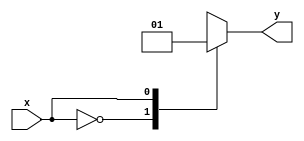
module case_statement(
    input wire x,
    output reg y
);

always @(*) begin
    case (x)
        3'd0: y <= 1'b0;
        3'd1: y <= 1'b1;
        3'd2: y <= 1'b0;
        default: y <= 1'b0;
    endcase
end

endmodule